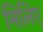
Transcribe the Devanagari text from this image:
मिलिए